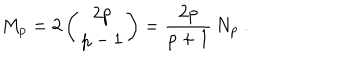
M _ { p } = 2 \left( \begin{array} { c } { { 2 p } } \\ { { p - 1 } } \\ \end{array} \right) = \frac { 2 p } { p + 1 } \, N _ { p } \ .